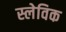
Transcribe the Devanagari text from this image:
स्लेविक